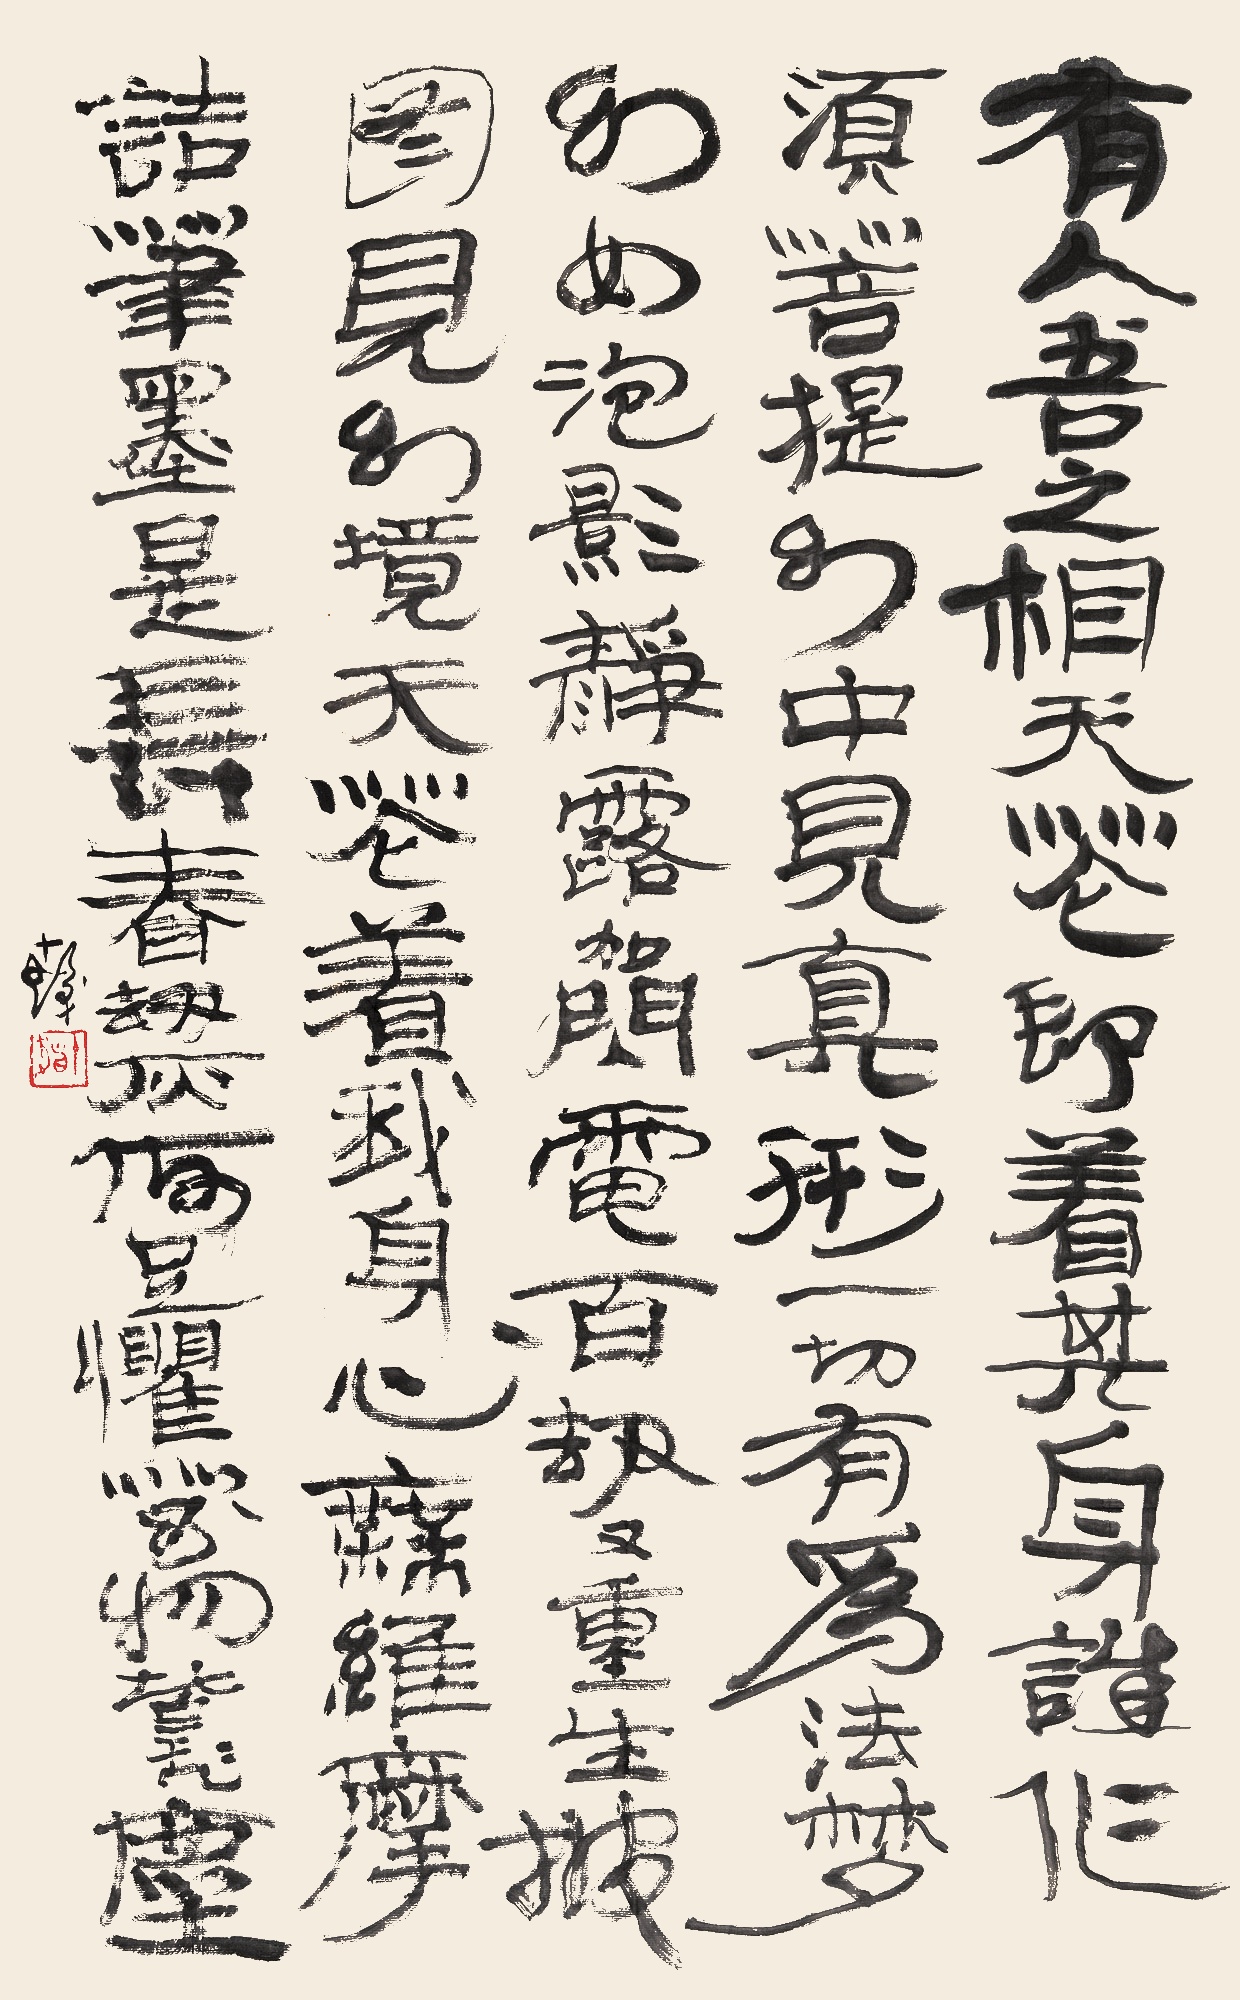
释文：有人吾之相，天花即着其身。谁作须菩提，幻中见真形。一切有为法，梦幻如泡影。静露如闪电，百劫又重生。披图见幻境，天花着我身。心无维摩诘，笔墨是长春。劫灰何足惧，万物皆飞尘。十发。